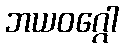
ဘယဝဂ္ဂေါ